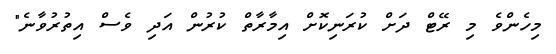
މިހެންވެ މި ރޭޓް ދަށް ކުރަނިކޮށް އިމާރާތް ކުރުން އަދި ވެސް އިތުރުވާނެ"